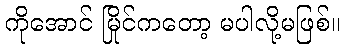
ကိုအောင် မြိုင်ကတော့ မပါလို့မဖြစ်။